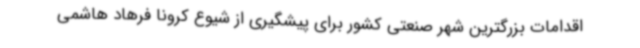
اقدامات بزرگترین شهر صنعتی کشور برای پیشگیری از شیوع کرونا فرهاد هاشمی